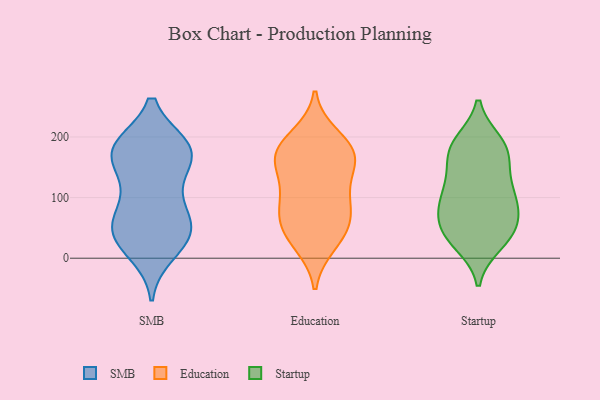
{"axis": {"x": "Bounce Rate (%)", "y": "Value"}, "legend": ["Education", "SMB", "Startup"], "data": [{"x": "", "y": 176, "type": "SMB"}, {"x": "", "y": 178, "type": "SMB"}, {"x": "", "y": 184, "type": "SMB"}, {"x": "", "y": 34, "type": "SMB"}, {"x": "", "y": 102, "type": "SMB"}, {"x": "", "y": 52, "type": "SMB"}, {"x": "", "y": 41, "type": "SMB"}, {"x": "", "y": 132, "type": "SMB"}, {"x": "", "y": 183, "type": "SMB"}, {"x": "", "y": 64, "type": "SMB"}, {"x": "", "y": 180, "type": "SMB"}, {"x": "", "y": 27, "type": "SMB"}, {"x": "", "y": 10, "type": "SMB"}, {"x": "", "y": 179, "type": "SMB"}, {"x": "", "y": 47, "type": "SMB"}, {"x": "", "y": 79, "type": "SMB"}, {"x": "", "y": 160, "type": "SMB"}, {"x": "", "y": 167, "type": "Education"}, {"x": "", "y": 33, "type": "Education"}, {"x": "", "y": 200, "type": "Education"}, {"x": "", "y": 57, "type": "Education"}, {"x": "", "y": 176, "type": "Education"}, {"x": "", "y": 131, "type": "Education"}, {"x": "", "y": 98, "type": "Education"}, {"x": "", "y": 157, "type": "Education"}, {"x": "", "y": 96, "type": "Education"}, {"x": "", "y": 176, "type": "Education"}, {"x": "", "y": 174, "type": "Education"}, {"x": "", "y": 76, "type": "Education"}, {"x": "", "y": 57, "type": "Education"}, {"x": "", "y": 24, "type": "Education"}, {"x": "", "y": 182, "type": "Startup"}, {"x": "", "y": 191, "type": "Startup"}, {"x": "", "y": 170, "type": "Startup"}, {"x": "", "y": 32, "type": "Startup"}, {"x": "", "y": 24, "type": "Startup"}, {"x": "", "y": 175, "type": "Startup"}, {"x": "", "y": 98, "type": "Startup"}, {"x": "", "y": 190, "type": "Startup"}, {"x": "", "y": 40, "type": "Startup"}, {"x": "", "y": 76, "type": "Startup"}, {"x": "", "y": 52, "type": "Startup"}, {"x": "", "y": 65, "type": "Startup"}, {"x": "", "y": 140, "type": "Startup"}, {"x": "", "y": 102, "type": "Startup"}, {"x": "", "y": 104, "type": "Startup"}, {"x": "", "y": 131, "type": "Startup"}, {"x": "", "y": 87, "type": "Startup"}, {"x": "", "y": 37, "type": "Startup"}]}